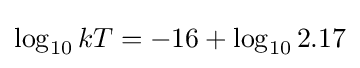
{\textstyle \log _{10}kT=-16+\log _{10}2.17}